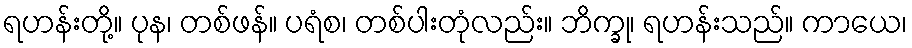
ရဟန်းတို့။ ပုန၊ တစ်ဖန်။ ပရံစ၊ တစ်ပါးတုံလည်း။ ဘိက္ခု၊ ရဟန်းသည်။ ကာယေ၊